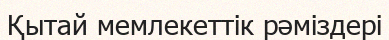
Қытай мемлекеттік рәміздері